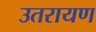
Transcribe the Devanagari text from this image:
उतरायण